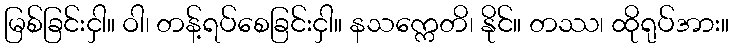
မြစ်ခြင်းငှါ။ ဝါ၊ တန့်ရပ်စေခြင်းငှါ။ နသက္ကေတိ၊ နိုင်။ တဿ၊ ထိုရုပ်အား။